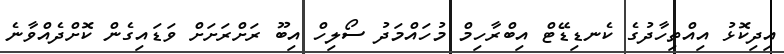
އިދިކޮޅު އިއްތިހާދުގެ ކެނޑިޑޭޓް އިބްރާހިމް މުހައްމަދު ސޯލިހް އިބޫ ރަށްރަށަށް ވަޑައިގެން ކޮށްދެއްވާނެ